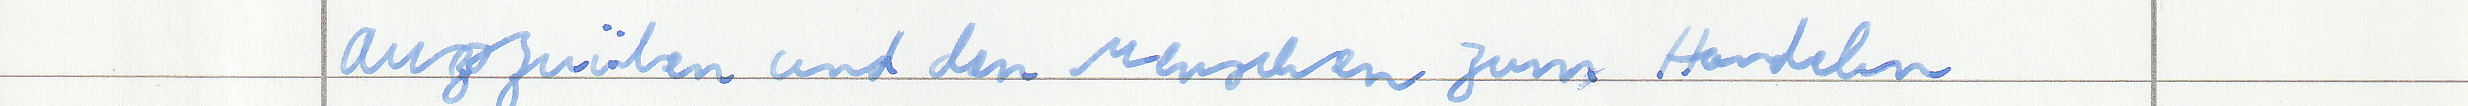
auszuüben und den Menschen zum Handeln